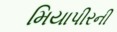
મિયાપીરની